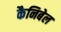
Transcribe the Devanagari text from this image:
कैनिबेल